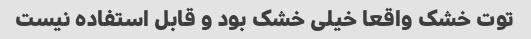
توت خشک واقعا خیلی خشک بود و قابل استفاده نیست